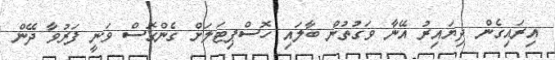
އިރައިގެން ދިޔައިރު އޭނާ ވަގުތުން ބާލައި ހޮސްޕިޓަލަށް ގެންގޮސް ވަނީ ފަރުވާ ދޭން